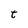
Character: t